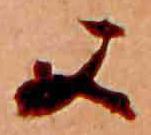
又